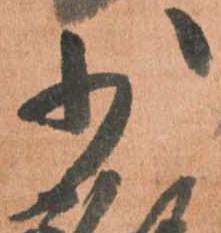
少